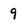
Character: 9